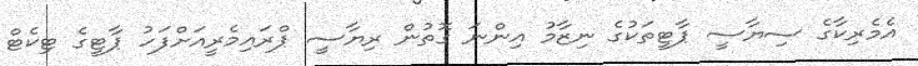
އެމެރިކާގެ ސިޔާސީ ޕާޓީތަކުގެ ނިޒާމު އިންނަ ގޮތުން ރިޔާސީ ޕްރައިމެރީއަށްފަހު ޕާޓީގެ ޓިކެޓް